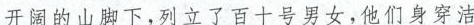
开阔的山下，列立了百十号男女，他们身穿洁